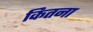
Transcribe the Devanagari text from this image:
कितना